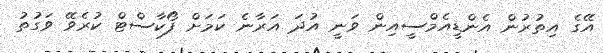
އޭގެ އިތުރުން އެންޑީއެމްސީއިން ވަނީ އުދަ އަރާނެ ކަމަށް ފޯކާސްޓް ކުރެވޭ ވަގުތު